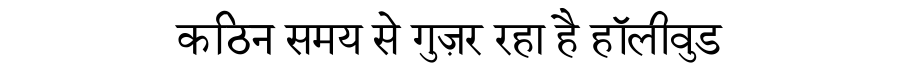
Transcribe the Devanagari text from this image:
कठिन समय से गुज़र रहा है हॉलीवुड